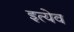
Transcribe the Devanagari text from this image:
इत्येव